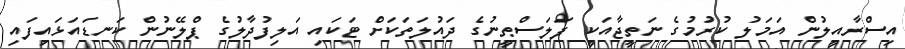
އިސްރާއީލުން އަމަލު ކުރުމުގެ ނަތީޖާއަކީ ފަލަސްޠީނުގެ ދައުލަތަކަށް ޓަކައި އަލިފުދާލުގެ ޕްލޭނުން ކަނޑައަޅައިފައި